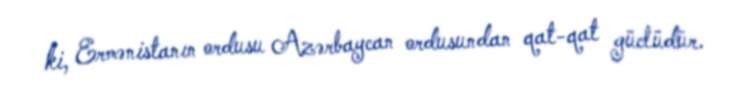
ki, Ermənistanın ordusu Azərbaycan ordusundan qat-qat güclüdür.